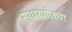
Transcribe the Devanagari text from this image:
साधरणीकण